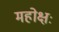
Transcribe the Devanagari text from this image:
महोक्षः